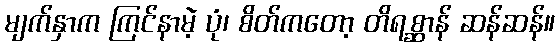
မျက်နှာက ကြင်နာမဲ့ ပုံ၊ စိတ်ကတော့ တိရစ္ဆာန် ဆန်ဆန်။